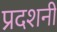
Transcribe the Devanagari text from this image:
प्रदशनी